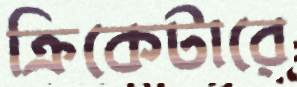
ক্রিকেটারে